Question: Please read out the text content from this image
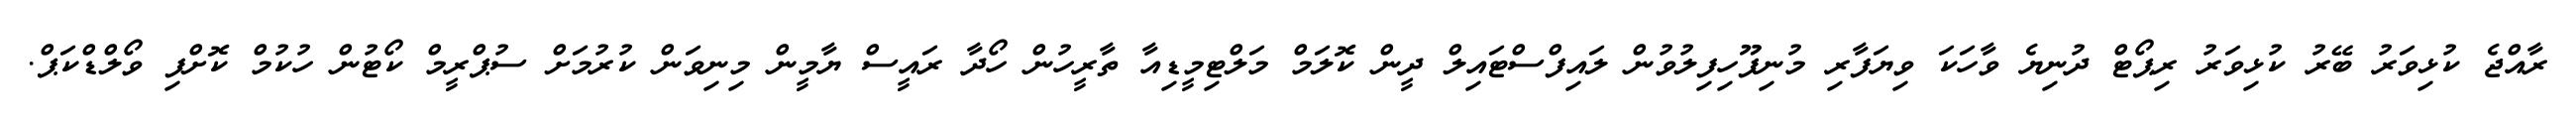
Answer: ރާއްޖެ ކުޅިވަރު ބޭރު ކުޅިވަރު ރިޕޯޓް ދުނިޔެ ވާހަކަ ވިޔަފާރި މުނިފޫހިފިލުވުން ލައިފްސްޓައިލް ދީން ކޮލަމް މަލްޓިމީޑިއާ ތާރީހުން ހޯދާ ރައީސް ޔާމީން މިނިވަން ކުރުމަށް ސުޕްރީމް ކޯޓުން ހުކުމް ކޮށްފި ވޯލްޑްކަޕް.